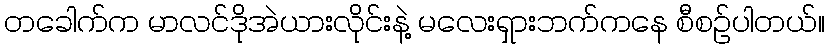
တခေါက်က မာလင်ဒိုအဲယားလိုင်းနဲ့ မလေးရှားဘက်ကနေ စီစဉ်ပါတယ်။